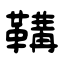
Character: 鞲